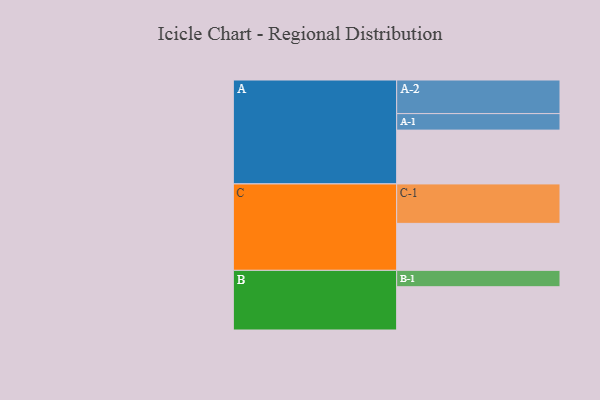
{"axis": {"x": "Segment", "y": "Value"}, "legend": ["", "A", "B", "C"], "data": [{"x": "A", "y": 378, "type": ""}, {"x": "B", "y": 304, "type": ""}, {"x": "C", "y": 330, "type": ""}, {"x": "A-1", "y": 116, "type": "A"}, {"x": "A-2", "y": 236, "type": "A"}, {"x": "B-1", "y": 115, "type": "B"}, {"x": "C-1", "y": 277, "type": "C"}]}